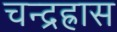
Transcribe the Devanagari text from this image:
चन्द्रह्रास